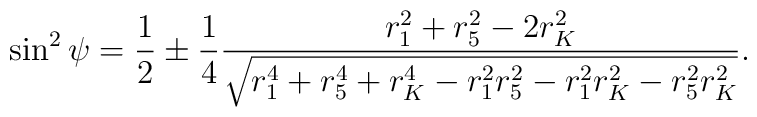
\sin^2 {\psi} = \frac{1}{2} \pm \frac{1}{4} \frac{r_{1}^2 + r_{5}^2 -2 r_{K}^2 }{\sqrt{r_{1}^4 + r_{5}^4 + r_{K}^4 - r_{1}^2 r_{5}^2 - r_{1}^2 r_{K}^2 - r_{5}^2 r_{K}^2}}.